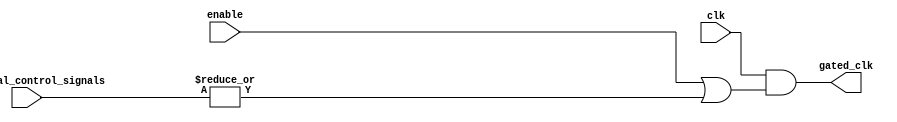
module clock_gating (
    input wire clk,                       // Main clock signal
    input wire enable,                    // Enable signal for memory block
    input wire [N-1:0] additional_control_signals, // Additional control signals (N signals)
    output wire gated_clk                 // Gated clock signal for memory block
);

// Parameter for the number of additional control signals
parameter N = 2; // Adjust N as needed

// Internal signal to hold the OR result of additional control signals
wire or_additional_signals;

// OR gate for additional control signals
assign or_additional_signals = |additional_control_signals;

// Gated clock logic using OR gate
assign gated_clk = clk & (enable | or_additional_signals);

endmodule